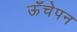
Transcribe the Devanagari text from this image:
ऊँचेपन